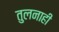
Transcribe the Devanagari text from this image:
तुलनाही